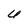
Character: U